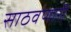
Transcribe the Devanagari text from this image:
साठवणारी